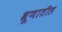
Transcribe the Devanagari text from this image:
भ्रूणातील